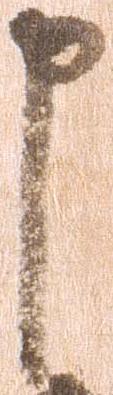
申